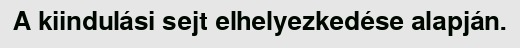
A kiindulási sejt elhelyezkedése alapján.